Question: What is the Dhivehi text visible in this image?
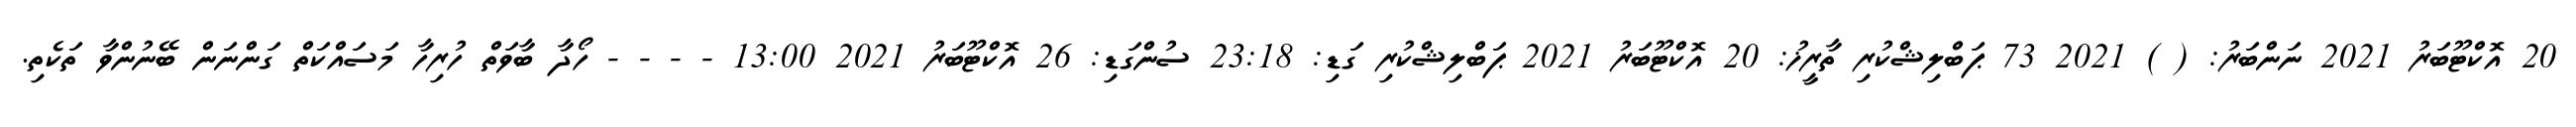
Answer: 20 އޮކްޓޫބަރު 2021 ނަންބަރު: ( ) 2021 73 ޕަބްލިޝްކުރި ތާރީޚު: 20 އޮކްޓޫބަރު 2021 ޕަބްލިޝްކުރި ގަޑި: 23:18 ސުންގަޑި: 26 އޮކްޓޫބަރު 2021 13:00 - - - - ހޯދާ ބާވަތް ހުރިހާ މަސައްކަތް ގަންނަން ބޭނުންވާ ތަކެތި.